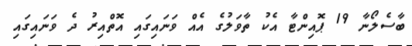
ބާސެލޯނާ 19 ޕޮއިންޓާ އެކު ތާވަލުގެ އެއް ވަނައިގައި އޮތްއިރު ދެ ވަނައިގައި